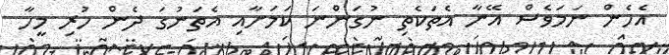
އެހެން ނަމަވެސް އޭނާ އެތަކެތި ނުގަންނަ ކަމަށާއި އެތަނުގަ ދެން ހުރި މީހާ